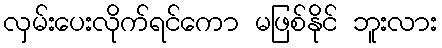
လှမ်းပေးလိုက်ရင်ကော မဖြစ်နိုင် ဘူးလား